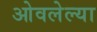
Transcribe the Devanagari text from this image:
ओवलेल्या